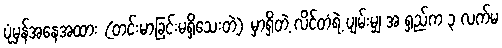
ပုံမှန်အနေအထား (တင်းမာခြင်းမရှိသေးတဲ့) မှာရှိတဲ့ လိင်တံရဲ့ ပျမ်းမျှ အ ရှည်က ၃ လက်မ